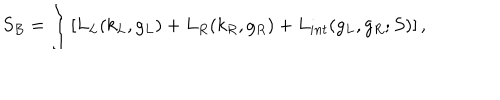
LaTeX: S _ { B } = \int \left[ L _ { L } ( k _ { L } , g _ { L } ) + L _ { R } ( k _ { R } , g _ { R } ) + L _ { i n t } ( g _ { L } , g _ { R } ; S ) \right] ,